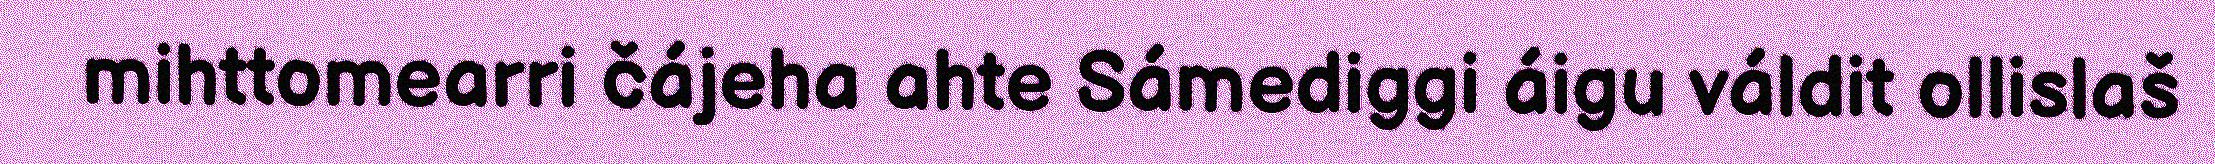
mihttomearri čájeha ahte Sámediggi áigu váldit ollislaš